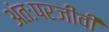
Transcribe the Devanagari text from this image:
अंतःपरजीवी